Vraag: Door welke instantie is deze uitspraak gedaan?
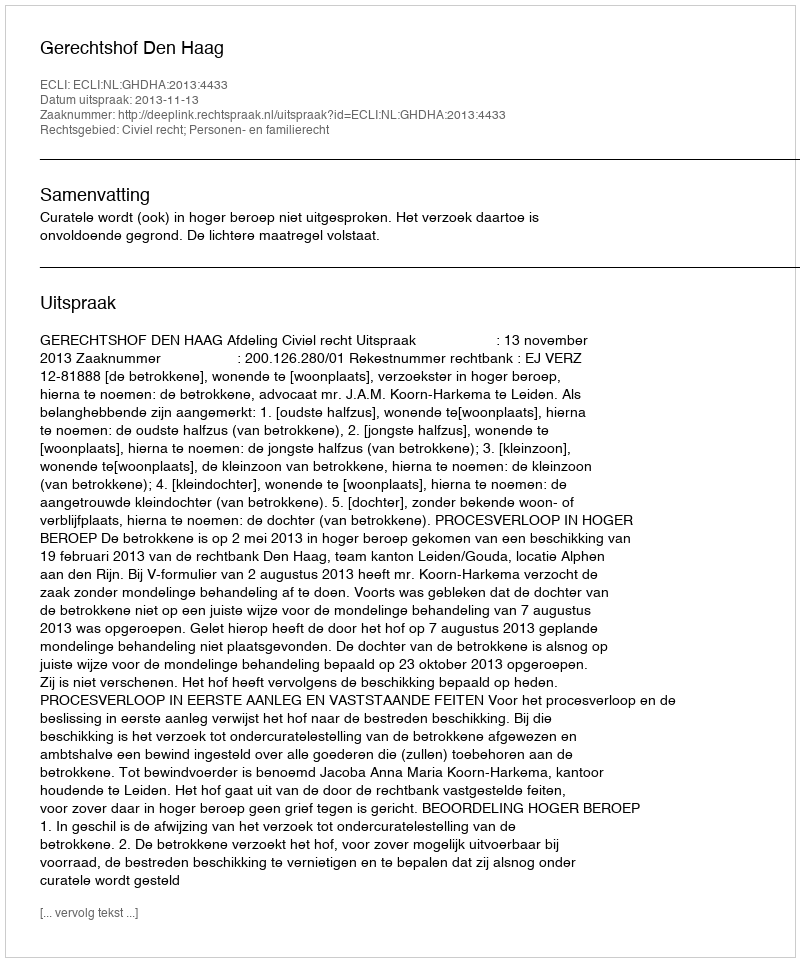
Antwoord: Gerechtshof Den Haag